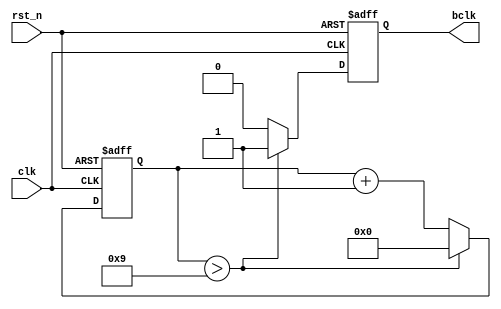
`timescale 1ns / 1ps
//////////////////////////////////////////////////////////////////////////////////
// Company: 
// Engineer: 
// 
// Design Name: 
// Module Name: UART
// Project Name: 
// Target Devices: 
// Tool Versions: 
// Description: 
// 
// Dependencies: 
// 
// Revision:
// Revision 0.01 - File Created
// Additional Comments:
// 
//////////////////////////////////////////////////////////////////////////////////


module baud_gen(
    input   wire    clk,
    input   wire    rst_n,
    output  reg     bclk
    );
    reg [8:0]   cnt;
    always @(posedge clk or negedge rst_n) begin
        if(!rst_n) begin
            cnt     <=  0;
            bclk    <=  0;
        end else if(cnt > 9) begin
            // 115200 * 16 = 1843.2kbps
            // 50M / 1843200 = 27.126
            cnt     <=  0;
            bclk    <=  1;
        end else begin
            cnt     <=  cnt + 1;
            bclk    <=  0;
        end
    end
endmodule

module uart_tx(
    input   wire            bclk,
    input   wire            rst_n,
    input   wire            tx_cmd,
    input   wire    [7:0]   tx_din,
    output  reg             tx_ready,
    output  reg             txd
);
    parameter [3:0] Lframe  = 8;
    parameter [2:0] s_idle  = 3'b000;
    parameter [2:0] s_start = 3'b001;
    parameter [2:0] s_wait  = 3'b010;
    parameter [2:0] s_shift = 3'b011;
    parameter [2:0] s_stop  = 3'b100;

    reg [2:0]   cur_state   =   s_idle;
    reg [3:0]   cnt         =   0;
    reg [3:0]   dcnt        =   0;
    
    always @(posedge bclk or negedge rst_n) begin
        if(!rst_n) begin
            cur_state   <=  s_idle;
            cnt         <=  0;
            tx_ready    <=  0;
            txd         <=  1;
        end else begin
            case (cur_state)
                s_idle: begin
                    tx_ready    <=  1;
                    cnt         <=  0;
                    txd         <=  1;
                    if(tx_cmd == 1'b1) begin
                        cur_state <= s_start;
                    end else begin
                        cur_state <= s_idle;
                    end
                end

                s_start: begin
                    tx_ready    <=  0;
                    txd         <=  1'b0;
                    cur_state   <=  s_wait;
                end

                s_wait: begin
                    tx_ready    <=  0;
                    if(cnt >= 4'b1110) begin
                        cnt         <=  0;
                        if(dcnt == Lframe) begin
                            cur_state   <=  s_stop;
                            dcnt        <=  0;
                            txd         <=  1'b1;
                        end else begin
                            cur_state   <=  s_shift;
                            txd         <=  txd;
                        end
                    end else begin
                        cur_state   <=  s_wait;
                        cnt         <=  cnt + 1;
                    end
                end

                s_shift: begin
                    tx_ready        <=  0;
                    txd             <=  tx_din[dcnt];
                    dcnt            <=  dcnt + 1;
                    cur_state       <=  s_wait;
                end

                s_stop: begin
                    txd             <=  1'b1;
                    if(cnt >= 4'b1110) begin
                        cur_state   <=  s_idle;
                        cnt         <=  0;
                        tx_ready    <=  1;
                    end else begin
                        cur_state   <=  s_stop;
                        cnt         <=  cnt + 1;    
                    end
                end

                default: begin
                    cur_state       <=  s_idle;
                end
            endcase

        end
    end
endmodule

module uart_rx(
    input   wire        bclk,
    input   wire        rst_n,
    input   wire        rxd,
    input   wire        key_flag,
    output  reg         rx_done,
    output  reg         rx_ready,
    output  reg [7:0]   rx_dout
    );

    parameter [3:0] Lframe      = 8;
    parameter [1:0] s_idle      = 2'b00;
    parameter [1:0] s_sample    = 2'b01;
    parameter [1:0] s_stop      = 2'b10;

    reg       [1:0] cur_state   = s_idle;
    reg       [3:0] cnt         = 0;
    reg       [3:0] num         = 0;
    reg       [3:0] dcnt        = 0;
    
    reg [511:0] key;

    always @(posedge bclk or negedge rst_n) begin
        if(!rst_n) begin
            cur_state <= s_idle;
            cnt <= 0;
            dcnt <= 0;
            num <= 0;
            rx_dout <= 0;
            rx_ready <= 0;
            rx_done <=  0;
            key <= 'b0;
        end else begin
            case (cur_state)
            // Idle State
                s_idle: begin
                    rx_dout <= 0;
                    dcnt <=0;
                    rx_ready <= 1;
                    rx_done <=  0;
                    if(cnt == 4'b1111) begin
                        cnt <= 0;
                        if(num > 7) begin
                            cur_state <= s_sample;
                            num <= 0;
                        end else begin
                            cnt <= 0;
                            cur_state <= s_idle;
                            num <= 0;
                        end 
                    end else begin
                        cnt <= cnt + 1;
                        if(rxd == 1'b0) begin
                            num <= num + 1;
                        end else begin
                            num <= num;
                        end
                    end
                end
            // Sampling State
                s_sample: begin
                    rx_ready <= 1'b0;
                    rx_done <=  0;
                    if(dcnt == Lframe) begin
                        cur_state <= s_stop;
                    end else begin
                        cur_state <= s_sample;
                        if(cnt == 4'b1111) begin
                            dcnt <= dcnt + 1;
                            cnt <= 0;
                            if(num > 7) begin
                                num <= 0;
                                rx_dout[dcnt] <= 1;
                            end else begin
                                rx_dout[dcnt] <= 0;
                                num <= 0;
                            end
                        end else begin
                            cnt <= cnt + 1;
                            if(rxd == 1'b1) begin
                                num <= num + 1;
                            end else begin
                                num <= num;
                            end
                        end
                    end
                end
            // Stop State
                s_stop: begin
                    rx_ready <= 1'b1;
                    rx_done <=  1'b1;
                    if(cnt == 4'b1111) begin
                        cnt <= 0;
                        cur_state <= s_idle;
                    end else begin
                        cnt <= cnt + 1;
                    end
                end
                default: begin
                    cur_state <= s_idle;
                end
            endcase
        end
    end
endmodule


//module uart_top(
//    input   wire    clk,
//    input   wire    rst_n,

//    input   wire    rxd,
//    output  wire    txd
//    );

//    wire    bclk;
//    baud_gen    inst_baud_gen(
//        .clk    (clk),
//        .rst_n  (rst_n),
//        .bclk   (bclk)
//    );
    
//    wire    tx_ready;
//    reg    [7:0]    loop_dout;
//    reg tx_cmd  =   0;
//    uart_tx     inst_uart_tx(
//        .bclk       (bclk),
//        .rst_n      (rst_n),
//        .tx_cmd     (tx_cmd),
//        .tx_din     (loop_dout),
//        .tx_ready   (tx_ready),
//        .txd        (txd)
//    );

//    wire    rx_ready;
//    wire    rx_done;
//    wire [7:0] dout_tmp;
//    uart_rx     inst_uart_rx(
//        .bclk       (bclk),
//        .rst_n      (rst_n),
//        .rxd        (rxd),

//        .rx_done    (rx_done),
//        .rx_ready   (rx_ready),
//        .rx_dout    (dout_tmp)
//    );

//    always @(posedge bclk or negedge rst_n) begin
//        if(!rst_n) begin
//            tx_cmd <= 0;
//            loop_dout <= 0;
//        end else if(rx_done && tx_ready) begin
//            loop_dout <= dout_tmp;
//            tx_cmd <= 1;
//        end else if (tx_ready) begin
//            loop_dout <= 0;
//            tx_cmd <= 0;
//        end else begin
//            tx_cmd <= 0;
//        end
//    end
//endmodule